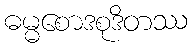
ဓမ္မစောဒစုဒိတဿ